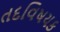
તદવિષયક